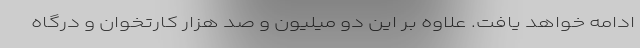
ادامه خواهد یافت. علاوه بر این دو میلیون و صد هزار کارتخوان و درگاه